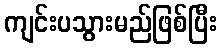
ကျင်းပသွားမည်ဖြစ်ပြီး